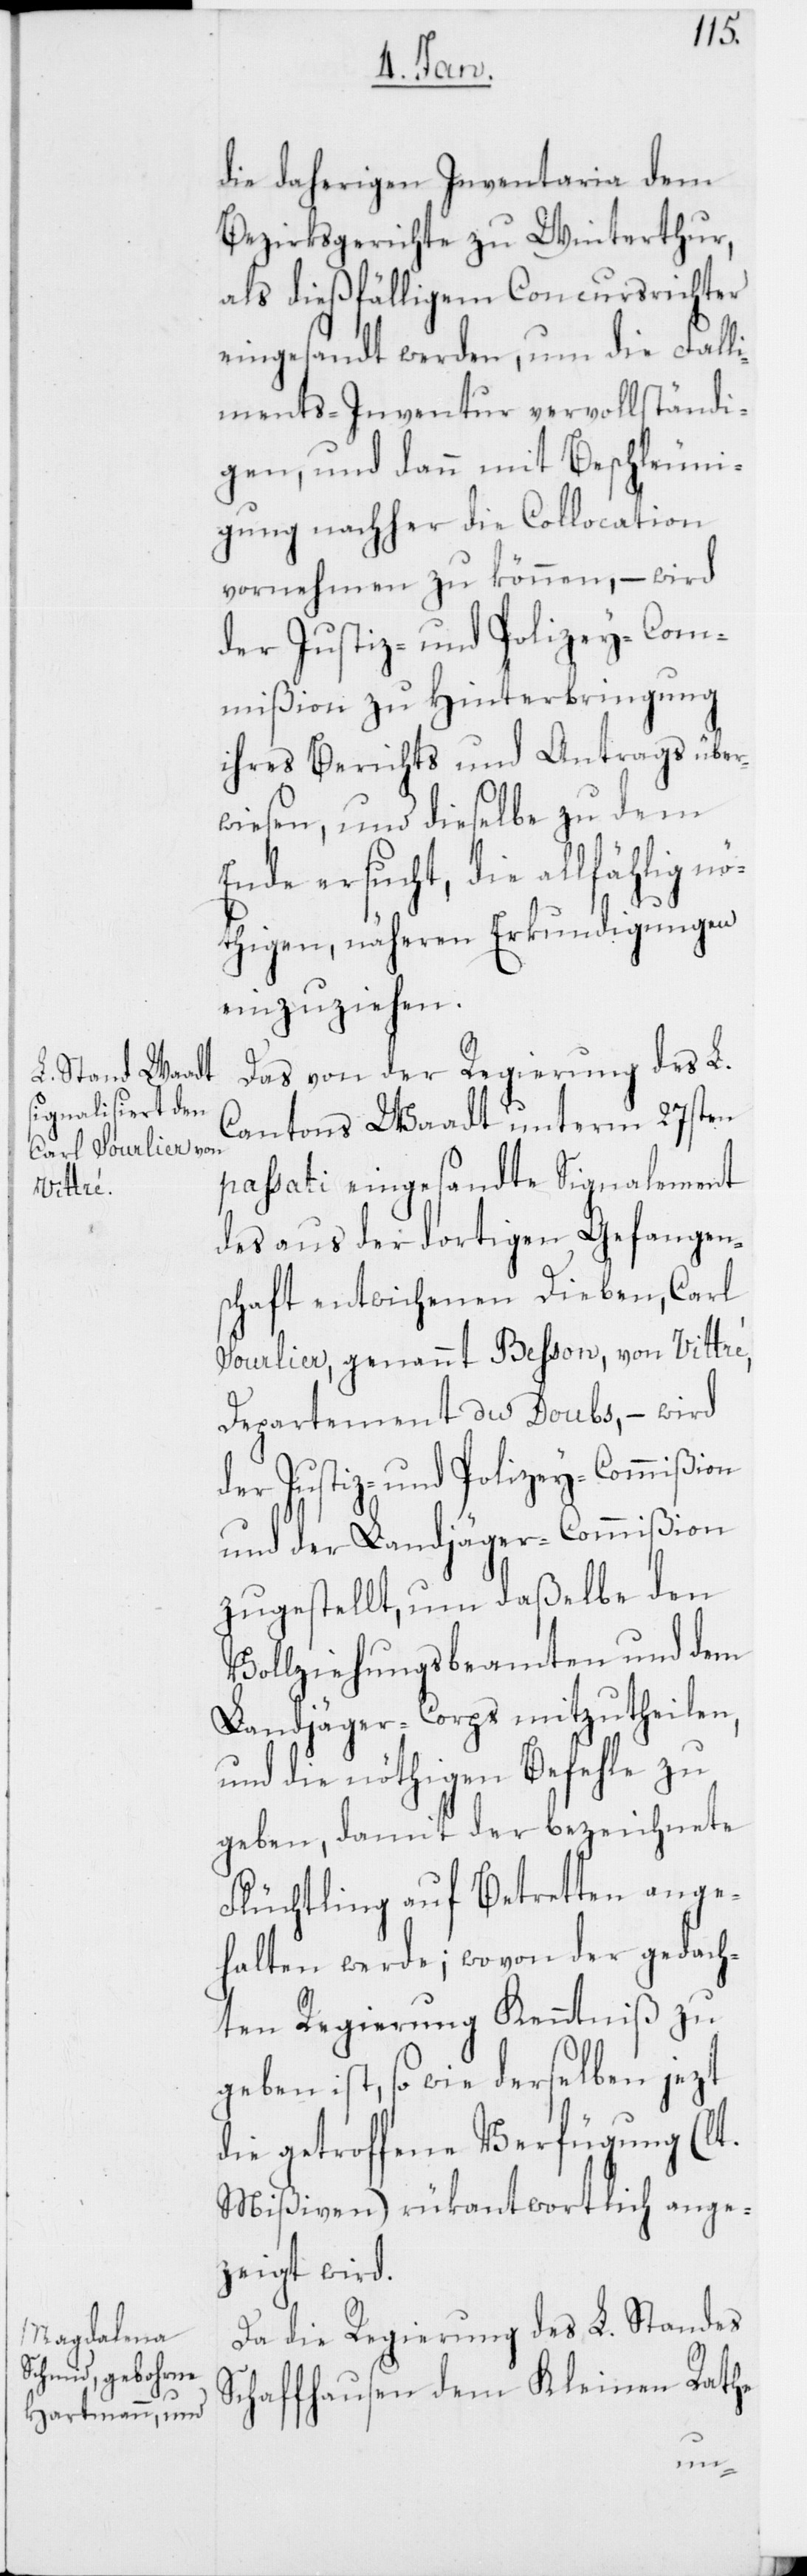
die daherigen Inventaria dem
Bezirksgerichte zu Winterthur,
als dießfälligem Concursrichter
eingesandt werden, um die Falli¬
ments-Inventur vervollständi¬
gen, und dann mit Beschleuni¬
gung nachher die Collocation
vornehmen zu können, – wird
der Justiz- und Polizey-Com¬
mißion zu Hinterbringung
ihres Berichts und Antrags über¬
wiesen, und dieselbe zu dem
Ende ersucht, die allfählig nö¬
thigen, näheren Erkundigungen
einzuziehen.
Das von der Regierung des L.
Cantons Waadt unterm 27sten
passati eingesandte Signalement
des aus der dortigen Gefangen¬
schaft entwichenen Dieben, Carl
Sourlier, genannt Besson, von Vittré,
Departement du Doubs, – wird
der Justiz- und Polizey-Commißion
und der Landjäger-Commißion
zugestellt, um daßelbe den
Vollziehungsbeamten und dem
Landjäger-Corps mitzutheilen,
und die nöthigen Befehle zu
geben, damit der bezeichnete
Flüchtling auf Betretten ange¬
halten werde; wovon der gedach¬
ten Regierung Kenntniß zu
geben ist, so wie derselben jezt
die getroffene Verfügung (lt.
Mißiven) rükantwortlich ange¬
zeigt wird.
Da die Regierung des L. Standes
Schaffhausen dem Kleinen Rathe